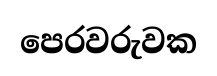
පෙරවරුවක